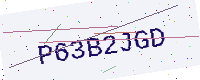
Text: P63B2JGD